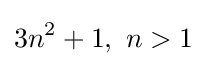
3n^{2}+1,\ n>1